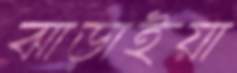
ঝাড়াইয়া